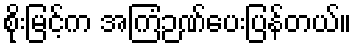
စိုးမြင့်က အကြံဉဏ်ပေးပြန်တယ်။